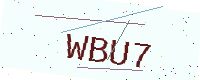
Text: WBU7